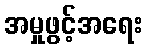
အမှုဖွင့်အရေး